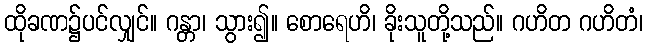
ထိုခဏ၌ပင်လျှင်။ ဂန္တာ၊ သွား၍။ စောရေဟိ၊ ခိုးသူတို့သည်။ ဂဟိတ ဂဟိတံ၊